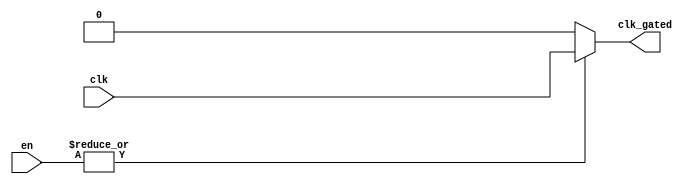
module clock_gating (
    input wire clk,               // Primary clock signal
    input wire [N-1:0] en,       // Enable signals (N signals)
    output wire clk_gated        // Gated clock signal
);
    parameter N = 4; // Adjust N to the desired number of enable signals

    // Internal wire to combine enable signals
    wire enable_combined;

    // OR gate to combine the enable signals
    assign enable_combined = |en; // Bitwise OR operation on enable signals

    // Gated clock logic
    assign clk_gated = enable_combined ? clk : 1'b0;

endmodule